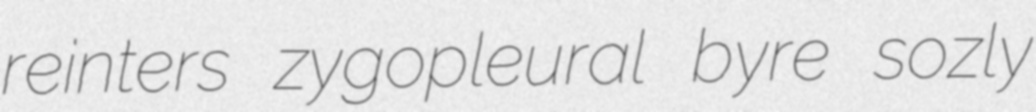
reinters zygopleural byre sozly